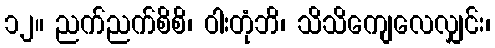
၁၂။ ညက်ညက်စိစိ၊ ဝါးတုံဘိ၊ သိသိကျေလေလျှင်း၊